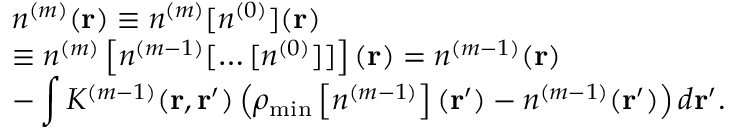
\begin{array} { l } { { \displaystyle n ^ { ( m ) } ( { \bf r } ) \equiv n ^ { ( m ) } [ n ^ { ( 0 ) } ] ( { \bf r } ) } \ ~ } \\ { { \displaystyle \equiv n ^ { ( m ) } \left[ n ^ { ( m - 1 ) } [ \ldots [ n ^ { ( 0 ) } ] ] \right] ( { \bf r } ) = n ^ { ( m - 1 ) } ( { \bf r } ) } \ ~ } \\ { { \displaystyle - \int K ^ { ( m - 1 ) } ( { \bf r , r ^ { \prime } } ) \left( \rho _ { \mathrm { m i n } } \left[ n ^ { ( m - 1 ) } \right] ( { \bf r ^ { \prime } } ) - n ^ { ( m - 1 ) } ( { \bf r ^ { \prime } } ) \right) d { \bf r ^ { \prime } } } . } \end{array}